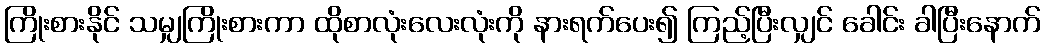
ကြိုးစားနိုင် သမျှကြိုးစားကာ ထိုစာလုံးလေးလုံးကို နားရက်ပေး၍ ကြည့်ပြီးလျှင် ခေါင်း ခါပြီးနောက်